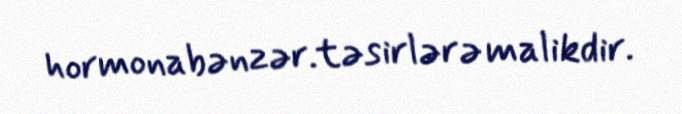
hormonabənzər.təsirlərə malikdir.